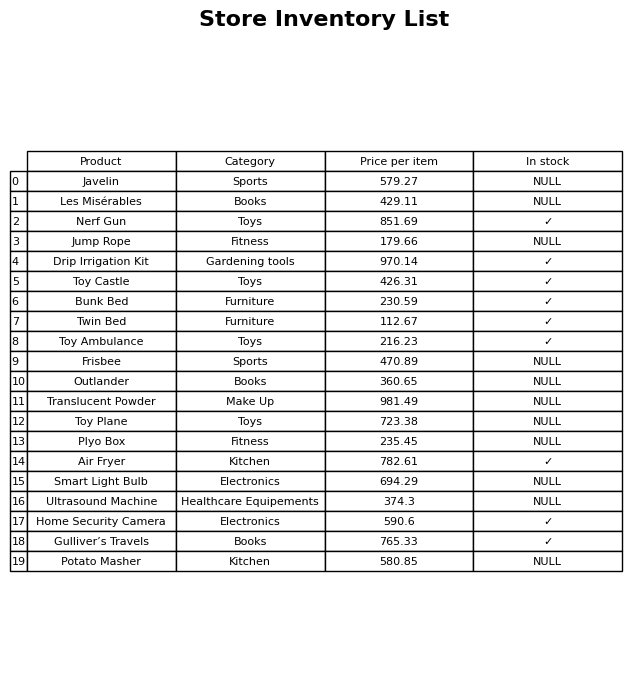
question: What is the price of the Potato Masher?
answer: The price of Potato Masher is 580.85.